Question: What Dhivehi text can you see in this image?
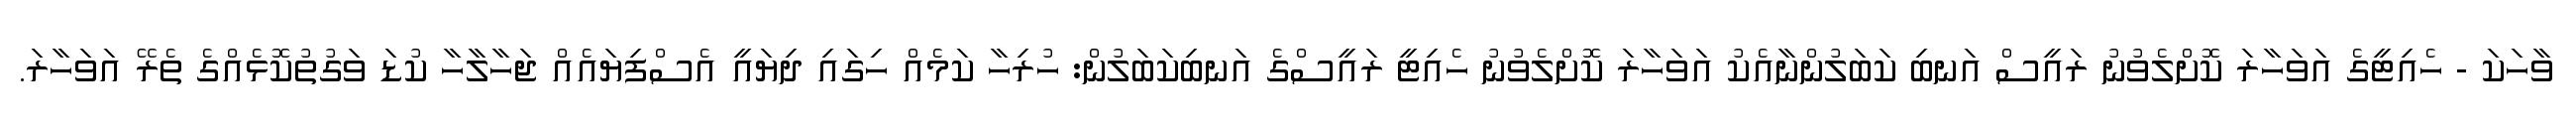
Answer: ވާހަކަ - ހެއިޓީގެ އަވަހާރަ ކޮށްލެވުނު ރައީސް އަނބި ކަބަލުންނާއެކު އަވަހާރަ ކޮށްލެވުނު ހެއިޓީ ރައީސްގެ އަނބިކަބަލުން: ހުރިހާ ކަމެއް ހިގައި ދިޔައީ އެސްފިޔައެއް ޖަހާލާހާ ކުޑަ ވަގުތުކޮޅެއްގެ ތެރޭ އަވަހާރަ.